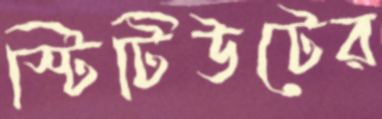
স্টিটিউটের